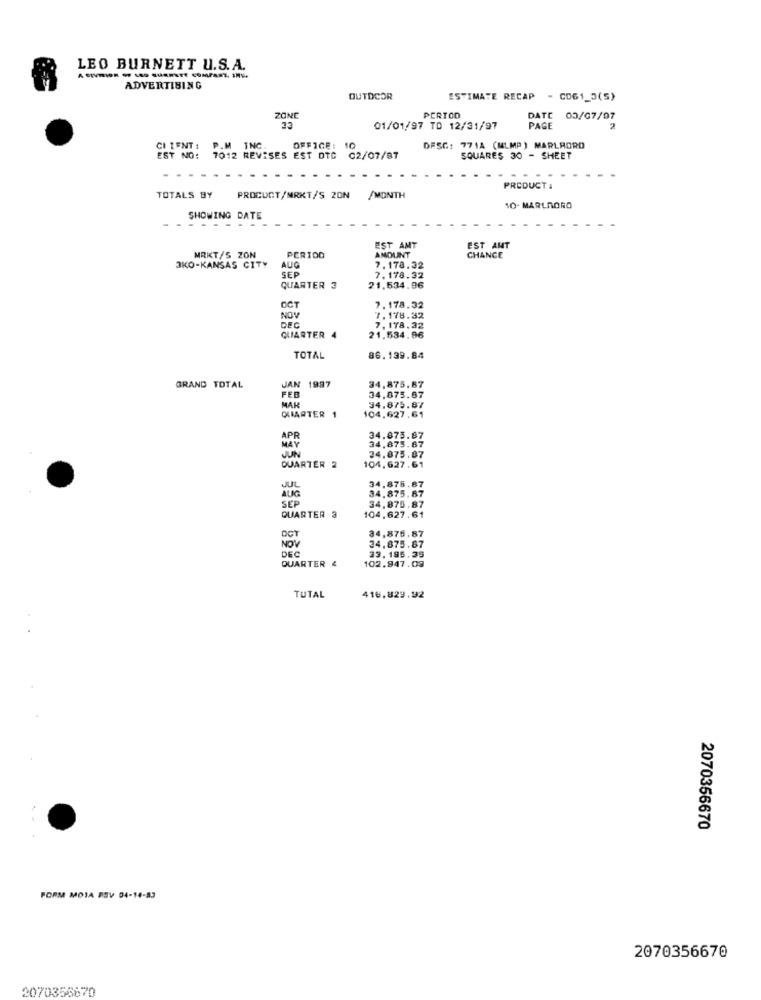
LEO BURNETT U.S.A.
ADVERTISING
OUTDOOR
ESTIMATE RECAP - CD61_3(S)
ZONE
PERIOD
C 00/07/07
33
01/01/97 TO 12/31/97
PAGE
2
CLIENT: P.M INC.
OFFICE:
10
DESG: 771A (MLMP ) MARLBORO
EST NO: 7012 REVISES EST DTC
02/07/87
SQUARES 30 - SHEET
PRODUCT :
TOTALS BY
PROCUCT/MRKT/S ZON
/MONTH
10- MARLAORO
SHOWING DATE
- - -
EST AMT
EST AMT
MRKT/S ZON
PERIOD
AMOUNT
CHANCE
3KO-KANSAS CITY
AUG
SEP
7.178.32
7. 178.32
QUARTER 3
21.534.96
OCT
7.178.32
NOV
7.178.32
DEC
7. 178.32
QUARTER 4
21.534.96
TOTAL
86.139.84
GRAND TOTAL
JAN 1997
FEB
34.875.87
MAK
34.875.67
OLIARTER 1
104.627.61
94.875.87
APR
34.873.87
34.875.87
MAY
24.875.07
JUN
QUARTER 2
104.627.61
JUL
34,875.87
AUG
34.875.87
34.875.87
SEP
104.627.61
QUARTER 3
34,875.87
NOV
34.875.87
DEC
33. 195.35
QUARTER &
102.947.09
TUTAL
416.829.92
2070356670
FORM MOJA PSV 04-14-53
2070356670
2070356870